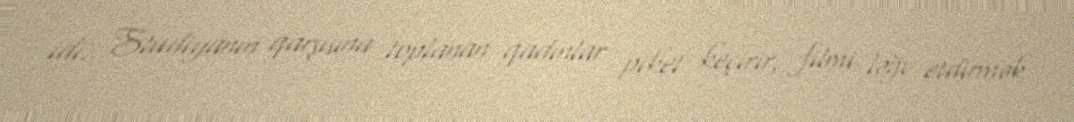
idi. Studiyanın qarşısına toplanan qadınlar piket keçirir, filmi ləğv etdirmək